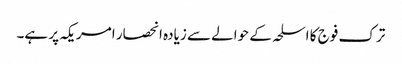
ترک فوج کا اسلحہ کے حوالے سے زیادہ انحصار امریکہ پر ہے۔